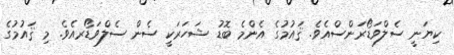
ކިޔަނީ ސެލްވަޑޯރަންސްއެވެ. ޤައުމުގެ އެންމެ ބޮޑު ޝަހަރަކީ ސެން ސެލްވަޑޯރއެވެ. މި ޤައުމުގެ